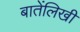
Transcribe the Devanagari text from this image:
बातेंलिखी